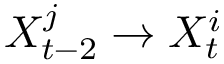
X _ { t - 2 } ^ { j } \rightarrow X _ { t } ^ { i }